65_HS1-834228961_62-HQ-83894_Section_3
Agency: FBI
Page 66
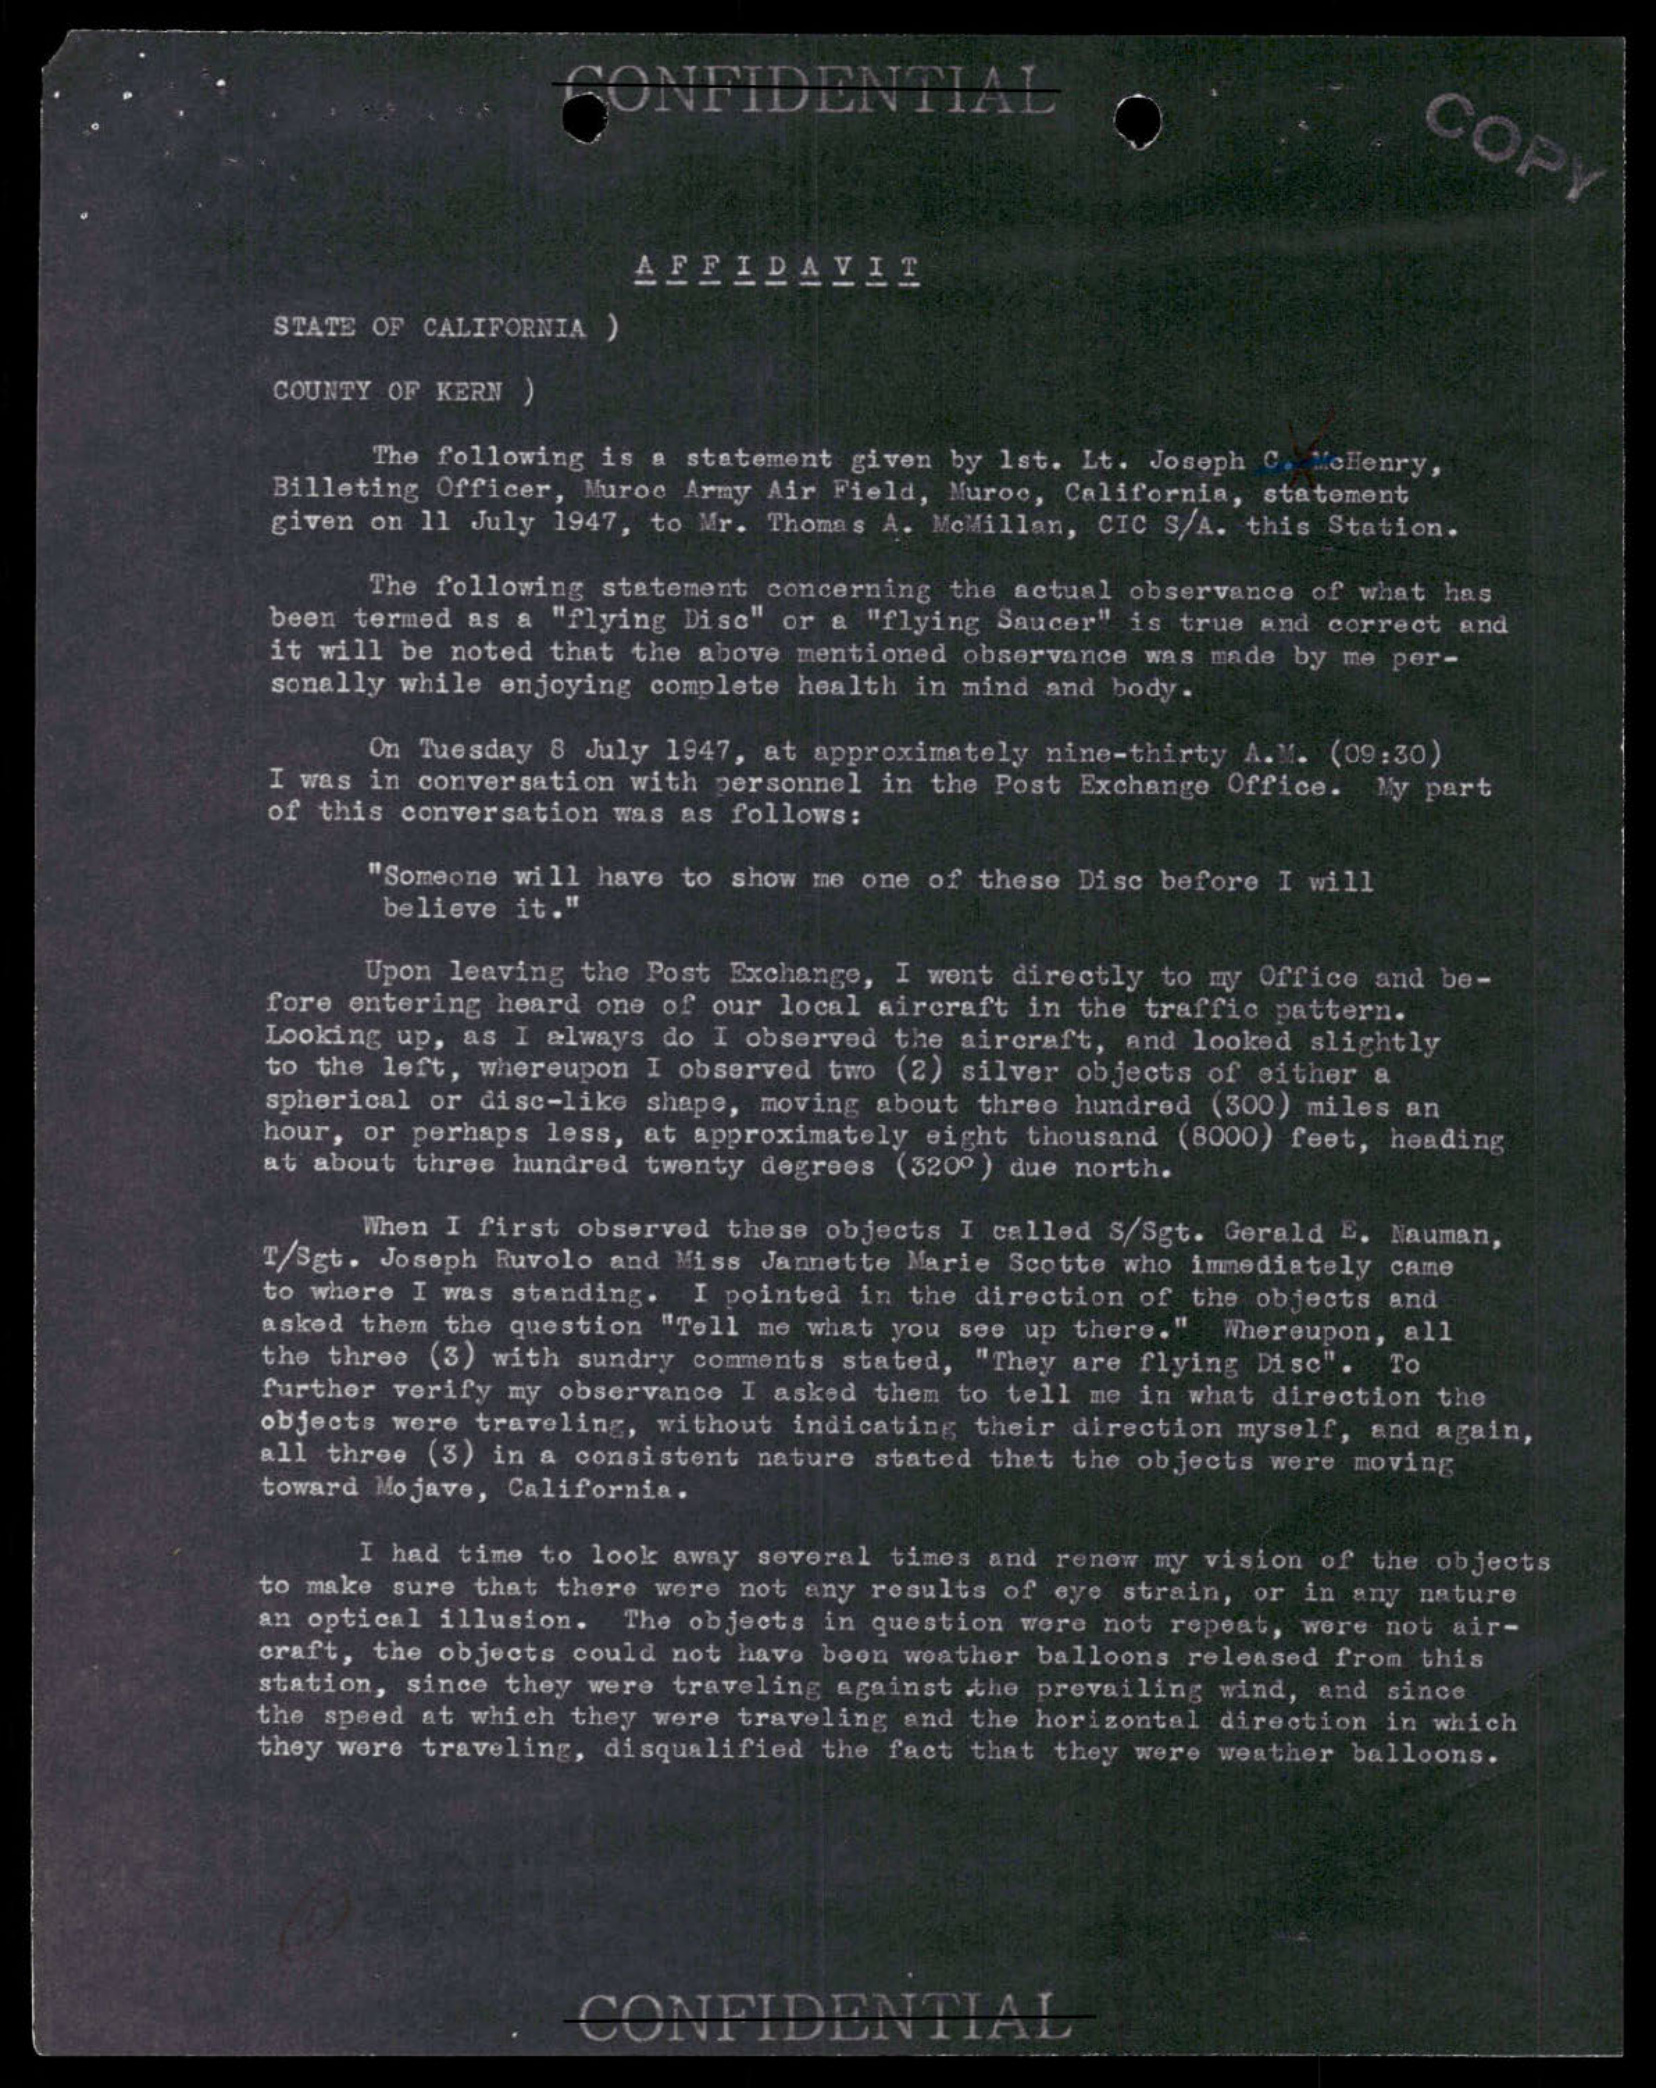